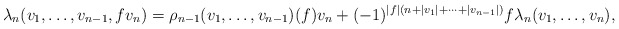
\begin{align*} \lambda_n(v_1,\ldots,v_{n-1},fv_n) = \rho_{n-1}(v_1,\ldots,v_{n-1})(f)v_n + (-1)^{|f|(n+|v_1|+\cdots+|v_{n-1}|)}f\lambda_n(v_1,\ldots,v_n), \end{align*}